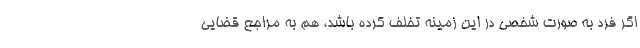
اگر فرد به صورت شخصی در این زمینه تخلف کرده باشد، هم به مراجع قضایی